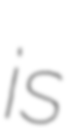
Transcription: is